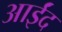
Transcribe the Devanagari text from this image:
आईंद